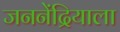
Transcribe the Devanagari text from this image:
जननेंद्रियाला